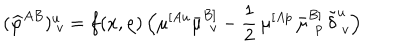
( { \widehat \varphi } ^ { A B } ) _ { ~ v } ^ { u } = f ( x , \rho ) \, \Big ( \mu ^ { [ A u } \bar { \mu } _ { ~ \, v } ^ { B ] } - \frac { 1 } { 2 } \, \mu ^ { [ A p } \, \bar { \mu } _ { ~ \, p } ^ { B ] } \, \tilde { \delta } _ { ~ v } ^ { u } \Big )